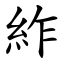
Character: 䋏